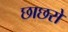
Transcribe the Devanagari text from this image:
छाछरो